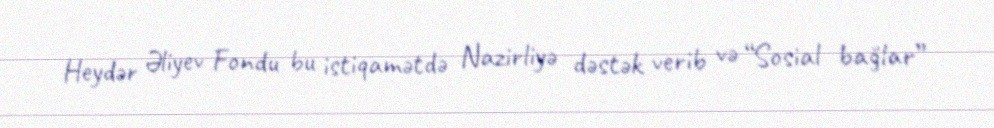
Heydər Əliyev Fondu bu istiqamətdə Nazirliyə dəstək verib və “Sosial bağlar”